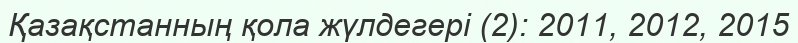
Қазақстанның қола жүлдегері (2): 2011, 2012, 2015